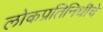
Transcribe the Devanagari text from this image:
लोकप्रतिनिधींचे